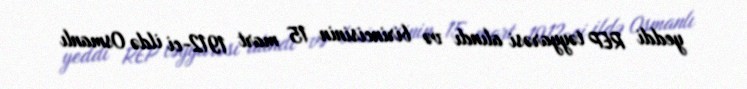
yeddi REP təyyarəsi alındı və birincisinin 15 mart 1912-ci ildə Osmanlı